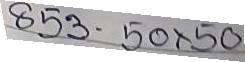
853 - 50 x 50